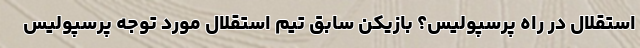
استقلال در راه پرسپولیس؟ بازیکن سابق تیم استقلال مورد توجه پرسپولیس